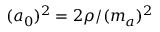
( a _ { 0 } ) ^ { 2 } = 2 \rho / ( m _ { a } ) ^ { 2 }